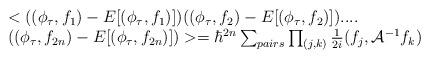
LaTeX: \begin{align*}\begin{array}{l}<((\phi_{\tau},f_{1})-E[(\phi_{\tau},f_{1})])((\phi_{\tau},f_{2})-E [(\phi_{\tau},f_{2})]) ....\cr((\phi_{\tau},f_{2n})-E[(\phi_{\tau},f_{2n})])>=\hbar^{2n}\sum_{pairs}\prod_{(j,k)}\frac{1}{2i}(f_{j},{\cal A}^{-1}f_{k})\end{array}\end{align*}